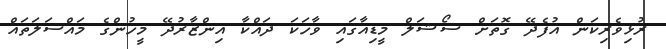
ރުޅިވެރިކަން އުފެދޭ ގޮތަށް ސޯޝަލް މީޑިއާގައި ވާހަކަ ދައްކާ އިންޒާރުދޭ މީހުންގެ މައްސަލަތައް